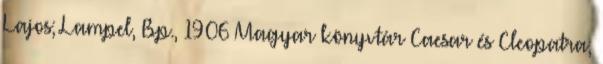
Lajos; Lampel, Bp., 1906 Magyar könyvtár Caesar és Cleopatra;